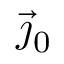
{ \vec { \jmath } } _ { 0 }